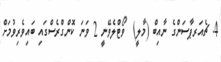
4. ޗެއަރޕާސަންގެ ނާއިބް (މާލީ)  ވޯޓްލެވޭނީ 2 ވަނަ ކޮންގްރެސްގައި ބައިވެރިވުމަށް